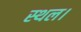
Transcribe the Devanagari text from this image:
स्‍थल।